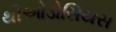
થીઓડોસિયસ